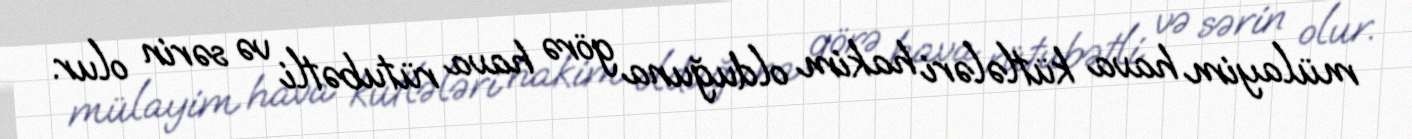
mülayim hava kütlələri hakim olduğuna görə hava rütubətli və sərin olur.